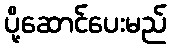
ပို့ဆောင်ပေးမည်